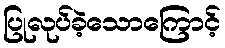
ပြုလုပ်ခဲ့သောကြောင့်